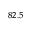
_ { 8 2 . 5 }